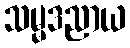
သမ္မဒညာယ